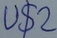
Text: U$2